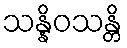
သန္နိဝသန္တိ